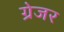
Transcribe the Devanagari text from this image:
ग्रेजर